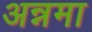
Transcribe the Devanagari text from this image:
अन्नमा